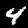
Label: 4